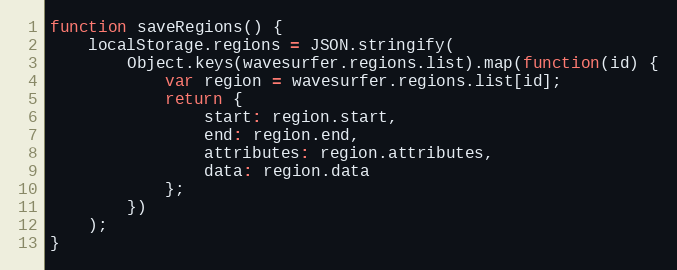
Language: JavaScript
function saveRegions() {
    localStorage.regions = JSON.stringify(
        Object.keys(wavesurfer.regions.list).map(function(id) {
            var region = wavesurfer.regions.list[id];
            return {
                start: region.start,
                end: region.end,
                attributes: region.attributes,
                data: region.data
            };
        })
    );
}